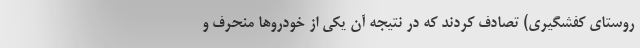
روستای کفشگیری) تصادف کردند که در نتیجه آن یکی از خودروها منحرف و